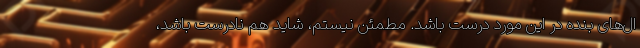
ال‌های بنده در این مورد درست باشد. مطمئن نیستم، شاید هم نادرست باشد،